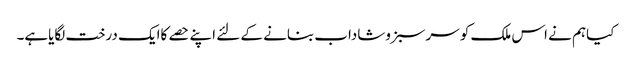
کیاہم نے اس ملک کو سرسبزوشاداب بنانے کے لئے اپنے حصے کاایک درخت لگایاہے۔